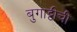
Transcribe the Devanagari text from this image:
बुगाट्टीची